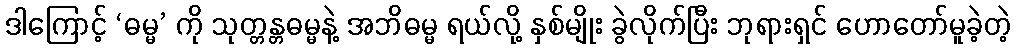
ဒါကြောင့် ‘ဓမ္မ’ ကို သုတ္တန္တဓမ္မနဲ့ အဘိဓမ္မ ရယ်လို့ နှစ်မျိုး ခွဲလိုက်ပြီး ဘုရားရှင် ဟောတော်မူခဲ့တဲ့